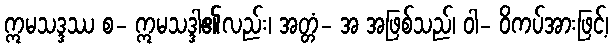
ဣမသဒ္ဒဿ စ- ဣမသဒ္ဒါ၏လည်း၊ အတ္တံ- အ အဖြစ်သည်၊ ဝါ- ဝိကပ်အားဖြင့်၊